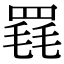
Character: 𦋋